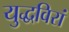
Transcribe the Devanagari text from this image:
युद्धविरां